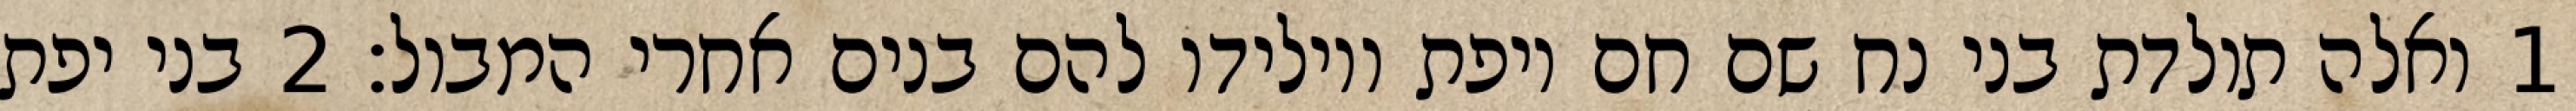
1 ואלה תולדת בני נח שם חם ויפת ויולידו להם בנים אחרי המבול׃ ‎2‏ בני יפת